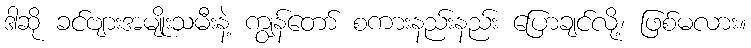
ဒါဆို ခင်ဗျားအမျိုးသမီးနဲ့ ကျွန်တော် စကားနည်းနည်း ပြောချင်လို့၊ ဖြစ်မလား။